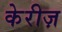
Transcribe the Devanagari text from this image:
केरीज़